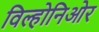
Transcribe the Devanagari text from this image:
विल्होनिओर